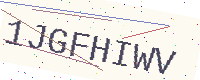
Text: 1JGFHIWV